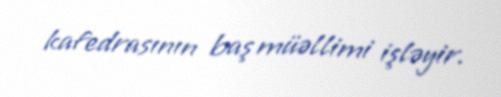
kafedrasının baş müəllimi işləyir.